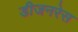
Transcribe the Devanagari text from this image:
डीजनरेस